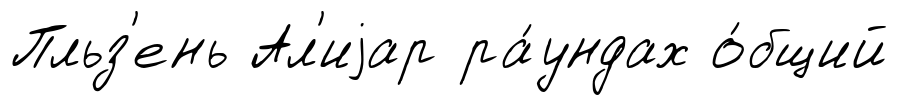
Пльз'ень Ал'иjар ра́ундах о́бщий